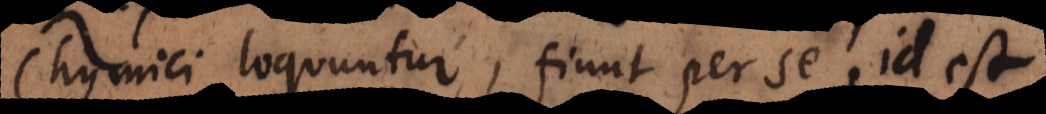
Chymici loquuntur, fiunt per se, id est